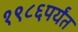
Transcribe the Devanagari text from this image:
१९८६पर्यंत